Document type: Fief grant
Year: 1411
Scribe: Arnau de Lledó
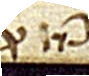
Probata. ᑕlausum traditum.